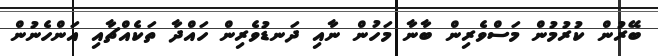
ބޭރުން ކުރުމުން މަސްވެރިން ބާނާ މަހުން ނާއި ދަނޑުވެރިން ހައްދާ ތަކެއްޗާއި އަންހެނުން